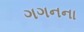
ગગનના